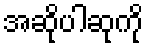
အဆိုပါဆုကို